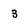
Character: 3